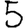
Digit: 5